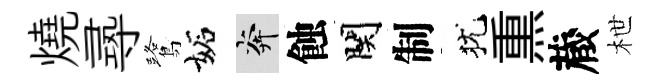
燒𡬶鷺妬奔蝕関制犹𤋱蔵枻